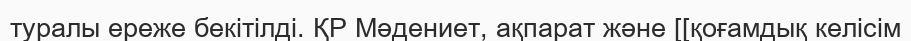
туралы ереже бекітілді. ҚР Мәдениет, ақпарат және [[қоғамдық келісім